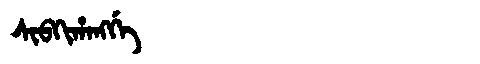
Manchu: ᠰᡳᠪᡴᡳᡥᠠᠩᡤᡝ
Romanization: SIBKIHANGGE